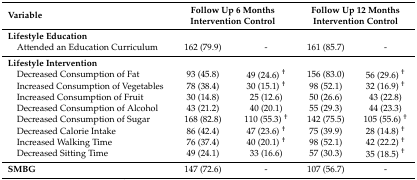
| Variable | <COLSPAN=2> Follow Up 6 Months Intervention Control | <COLSPAN=2> Follow Up 12 Months Intervention Control |
 | --- | --- | --- | --- | --- |
 | Lifestyle Education |  |  |  |  |
 | Attended an Education Curriculum | 162 (79.9) | - | 161 (85.7) | - |
 | Lifestyle Intervention |  |  |  |  |
 | Decreased Consumption of Fat | 93 (45.8) | 49 (24.6) † | 156 (83.0) | 56 (29.6) † |
 | Increased Consumption of Vegetables | 78 (38.4) | 30 (15.1) † | 98 (52.1) | 32 (16.9) † |
 | Increased Consumption of Fruit | 30 (14.8) | 25 (12.6) | 50 (26.6) | 43 (22.8) |
 | Decreased Consumption of Alcohol | 43 (21.2) | 40 (20.1) | 55 (29.3) | 44 (23.3) |
 | Decreased Consumption of Sugar | 168 (82.8) | 110 (55.3) † | 142 (75.5) | 105 (55.6) † |
 | Decreased Calorie Intake | 86 (42.4) | 47 (23.6) † | 75 (39.9) | 28 (14.8) † |
 | Increased Walking Time | 76 (37.4) | 40 (20.1) † | 98 (52.1) | 42 (22.2) † |
 | Decreased Sitting Time | 49 (24.1) | 33 (16.6) | 57 (30.3) | 35 (18.5) † |
 | SMBG | 147 (72.6) | - | 107 (56.7) | - |